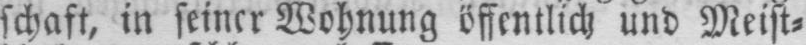
schaft, in seiner Wohnung öffentlich und Meist⸗